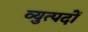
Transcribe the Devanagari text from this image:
व्युत्पदों